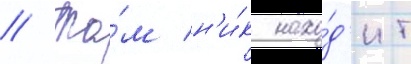
// Та́м н'и́к нахо́д'ит